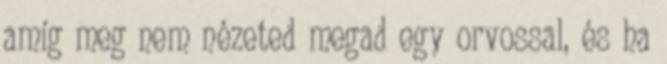
amíg meg nem nézeted megad egy orvossal, és ha